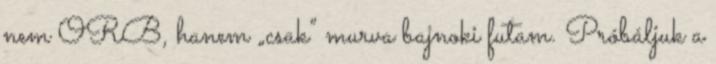
nem ORB, hanem „csak” murva bajnoki futam. Próbáljuk a